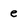
Character: e